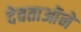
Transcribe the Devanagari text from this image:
देवताओंने